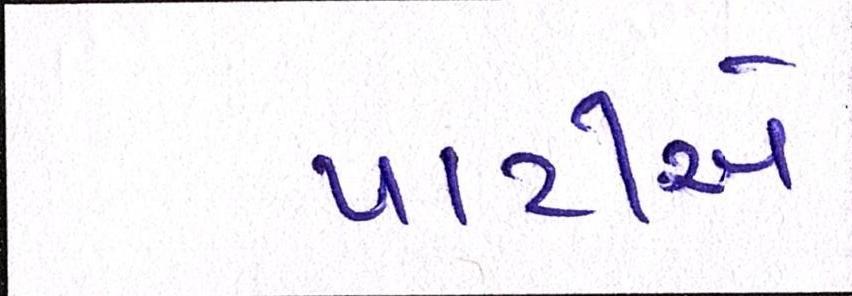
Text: પાર્ટીએ